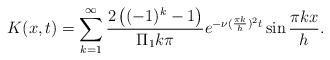
\begin{align*}K(x,t)=\sum_{k=1}^{\infty}\frac{2\left((-1)^k-1\right)}{\Pi_1 k \pi}e^{-\nu(\frac{\pi k}{h})^2t}\sin\frac{\pi k x}{h}.\end{align*}